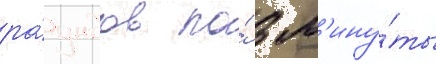
ра́ундов по́ 3 м'ину́ты